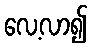
လေ့လာ၍